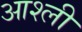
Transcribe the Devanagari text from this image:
आश्ली